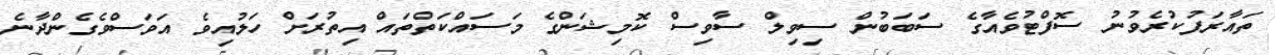
ތައާރަފުކުރެވުނު ސޮފްޓުވެއާގެ ސަބަބުން ސިވިލް ސާވިސް ކޮމިޝަންގެ މަސައްކަތްތައް އިތުރަށް ހަލުއިވެ އަވަސްވެގެންދާނެ